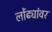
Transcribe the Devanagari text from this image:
लोंढ्यांवर